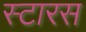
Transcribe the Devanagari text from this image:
स्टारस